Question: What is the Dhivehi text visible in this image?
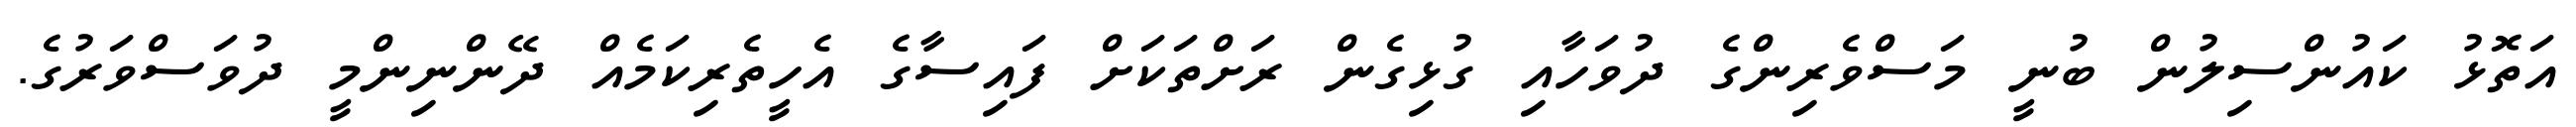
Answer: އަތޮޅު ކައުންސިލުން ބުނީ މަސްވެރިންގެ ދުވަހާއި ގުޅިގެން ރަށްތަކަށް ފައިސާގެ އެހީތެރިކަމެއް ދޭންނިންމީ ދުވަސްވަރުގެ.